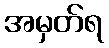
အမှတ်ရ